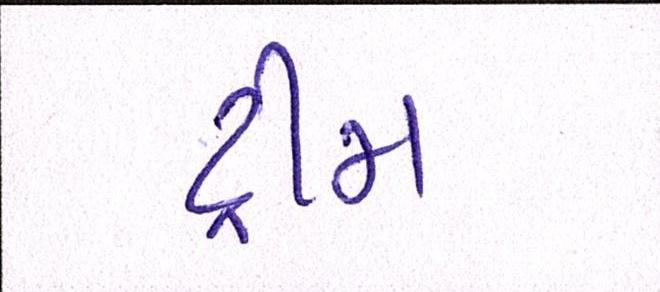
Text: ડ્રીમ